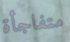
متفاجأة